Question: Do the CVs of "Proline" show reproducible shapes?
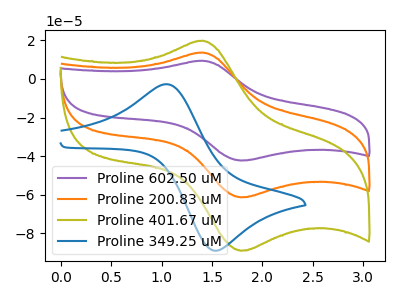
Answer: <think>The purple curve "Proline 602.50 uM" has an anodic peak at (1.40V, 27.25uA) and a cathodic peak at (1.80V, -122.70uA). The orange curve "Proline 200.83 uM" has an anodic peak at (1.40V, 13.65uA) and a cathodic peak at (1.80V, -61.35uA). The olive curve "Proline 401.67 uM" has an anodic peak at (1.40V, 19.80uA) and a cathodic peak at (1.80V, -89.00uA). The blue curve "Proline 349.25 uM" has an anodic peak at (1.05V, -2.75uA) and a cathodic peak at (1.55V, -88.80uA).
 All the peaks in "Proline 602.50 uM" have a peak in "Proline 200.83 uM" at the same potential. Every peak in "Proline 602.50 uM" is higher than every peak in "Proline 200.83 uM". All the peaks in "Proline 602.50 uM" have a peak in "Proline 401.67 uM" at the same potential. Every peak in "Proline 602.50 uM" is higher than every peak in "Proline 401.67 uM". "Proline 602.50 uM" and "Proline 349.25 uM" have at least one peak that do not match. All the peaks in "Proline 200.83 uM" have a peak in "Proline 401.67 uM" at the same potential. Every peak in "Proline 200.83 uM" is lower than every peak in "Proline 401.67 uM". "Proline 200.83 uM" and "Proline 349.25 uM" have at least one peak that do not match. "Proline 401.67 uM" and "Proline 349.25 uM" have at least one peak that do not match.</think>
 <answer>All the CV's of "Proline" have similar shape.</answer>
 <eval>follow_rule</eval>